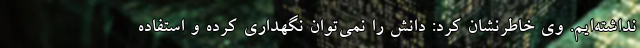
نداشته‌ایم. وی خاطرنشان کرد: دانش را نمی‌توان نگهداری کرده و استفاده